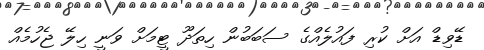
ޑޭވިޑް އަށް ކުރި ފައުލެއްގެ ސަބަބުން ހިތަދޫ ޓީމަށް ވަނީ ހިލޭ ޖެހުމެއް